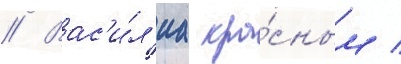
// Вас'и́л'иа кра́сным /